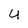
Character: U